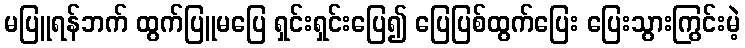
မပြူရန်ဘက် ထွက်ပြူမပြေ ရှင်းရှင်းပြေ၍ ပြေပြစ်ထွက်ပြေး ပြေးသွားကြွင်းမဲ့